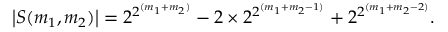
\left| S ( m _ { 1 } , m _ { 2 } ) \right| = 2 ^ { 2 ^ { ( m _ { 1 } + m _ { 2 } ) } } - 2 \times 2 ^ { 2 ^ { ( m _ { 1 } + m _ { 2 } - 1 ) } } + 2 ^ { 2 ^ { ( m _ { 1 } + m _ { 2 } - 2 ) } } .